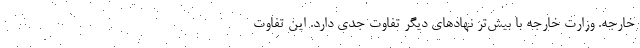
خارجه. وزارت خارجه با بیش‌تر نهادهای دیگر تفاوت جدی دارد. این تفاوت